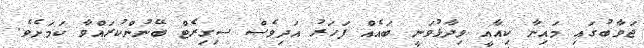
ޖަވާބުގައި މައިނާ ކިއާއީ ވިދާޅުވަނީ ބައެއް ފަހަރު އަދިވެސް ސިގިރެޓް ބޭނުންކުރައްވާ ކަމަށެވެ.